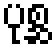
ပုစ္ဆ